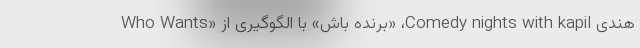
هندی Comedy nights with kapil، «برنده باش» با الگوگیری از «Who Wants